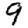
Digit: 9